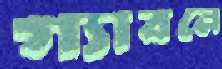
গ্যাবনে